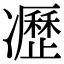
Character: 𠘟